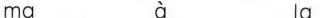
ma à la